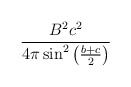
\begin{align*}\frac{B^2c^2}{4\pi\sin^2\left(\frac{b+c}{2}\right)}\end{align*}